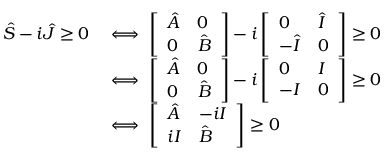
\begin{array} { r l } { \hat { S } - i \hat { J } \geq 0 } & { \iff \left[ \begin{array} { l l } { \hat { A } } & { 0 } \\ { 0 } & { \hat { B } } \end{array} \right] - i \left[ \begin{array} { l l } { 0 } & { \hat { I } } \\ { - \hat { I } } & { 0 } \end{array} \right] \geq 0 } \\ & { \iff \left[ \begin{array} { l l } { \hat { A } } & { 0 } \\ { 0 } & { \hat { B } } \end{array} \right] - i \left[ \begin{array} { l l } { 0 } & { I } \\ { - I } & { 0 } \end{array} \right] \geq 0 } \\ & { \iff \left[ \begin{array} { l l } { \hat { A } } & { - i I } \\ { i I } & { \hat { B } } \end{array} \right] \geq 0 } \end{array}